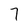
Character: 7